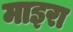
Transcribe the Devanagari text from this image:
माइरा